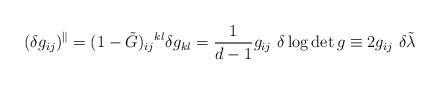
LaTeX: \begin{align*}(\delta g_{ij})^{\Vert}=(1-\tilde G)_{ij}{}^{kl}\delta g_{kl}=\frac{1}{d-1} g_{ij}\ \delta\log\det g \equiv 2 g_{ij}\ \delta\tilde\lambda\end{align*}